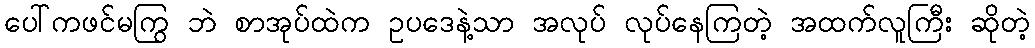
ပေါ်ကဖင်မကြွ ဘဲ စာအုပ်ထဲက ဥပဒေနဲ့သာ အလုပ် လုပ်နေကြတဲ့ အထက်လူကြီး ဆိုတဲ့